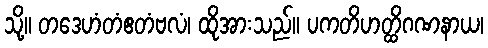
သို့။ တဒေဟံတံဧတံဗလံ၊ ထိုအားသည်။ ပကတိဟတ္ထိဂဏနာယ၊